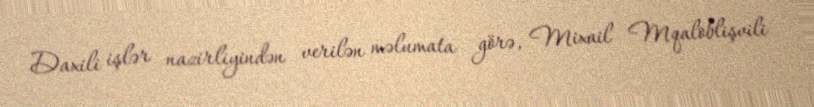
Daxili işlər nazirliyindən verilən məlumata görə, Mixail Mqaloblişvili